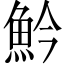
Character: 䰼